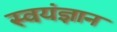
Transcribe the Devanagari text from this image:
स्वयंज्ञान